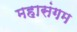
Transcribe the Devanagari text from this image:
महासंगम